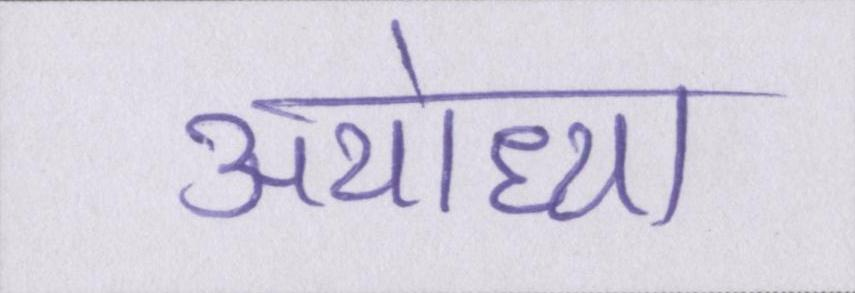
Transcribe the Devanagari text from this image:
अयोध्या